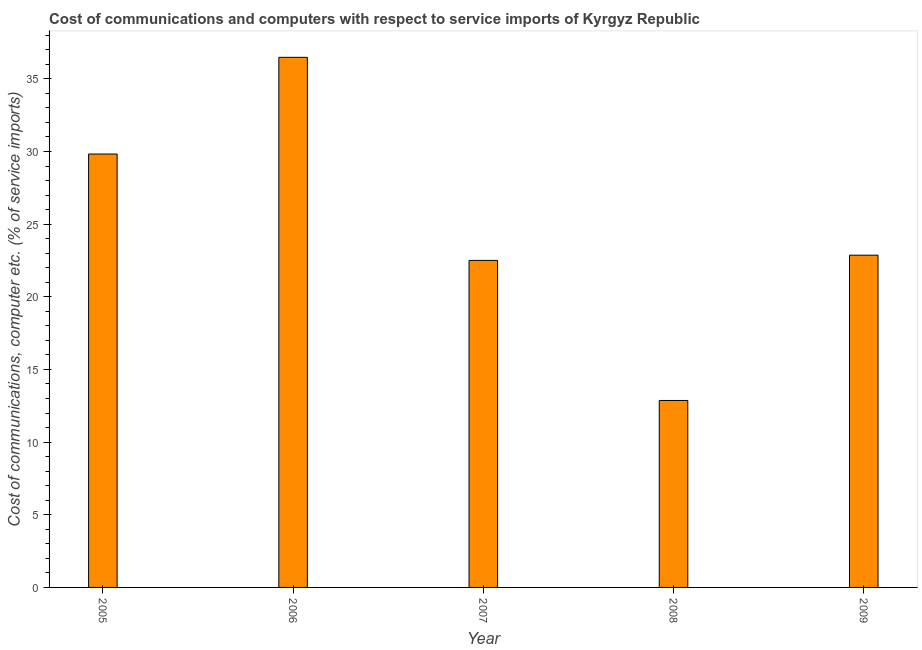
| Year | Communications |
 | --- | --- |
 | 2005 | 29.8 |
 | 2006 | 36.5 |
 | 2007 | 22.5 |
 | 2008 | 12.9 |
 | 2009 | 22.9 |